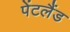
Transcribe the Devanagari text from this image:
पेंटलैंड